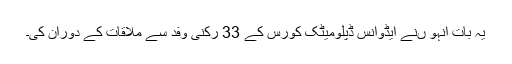
یہ بات انہو ںنے ایڈوانس ڈپلومیٹک کورس کے 33 رکنی وفد سے ملاقات کے دوران کی۔